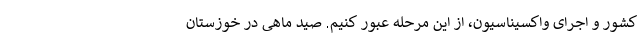
کشور و اجرای واکسیناسیون، از این مرحله عبور کنیم. صید ماهی در خوزستان